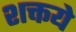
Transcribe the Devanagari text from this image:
शक्तये